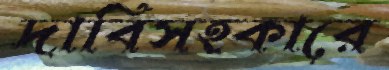
দাবিসহকারে